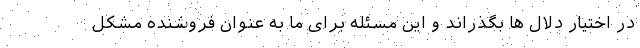
در اختیار دلال ها بگذراند و این مسئله برای ما به عنوان فروشنده مشکل